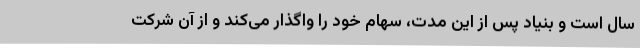
سال است و بنیاد پس از این مدت، سهام خود را واگذار می‌کند و از آن شرکت